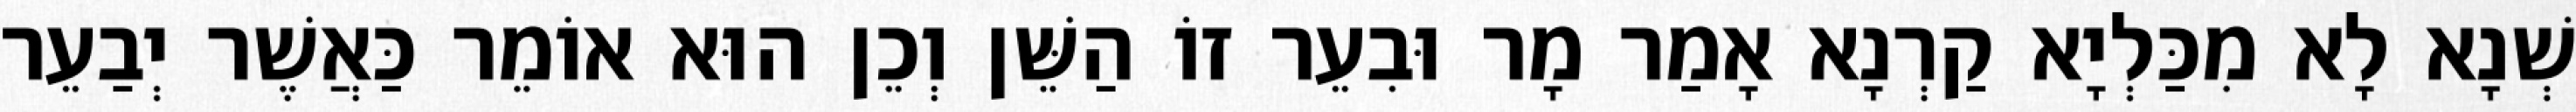
שְׁנָא לָא מִכַּלְיָא קַרְנָא אָמַר מָר וּבִעֵר זוֹ הַשֵּׁן וְכֵן הוּא אוֹמֵר כַּאֲשֶׁר יְבַעֵר